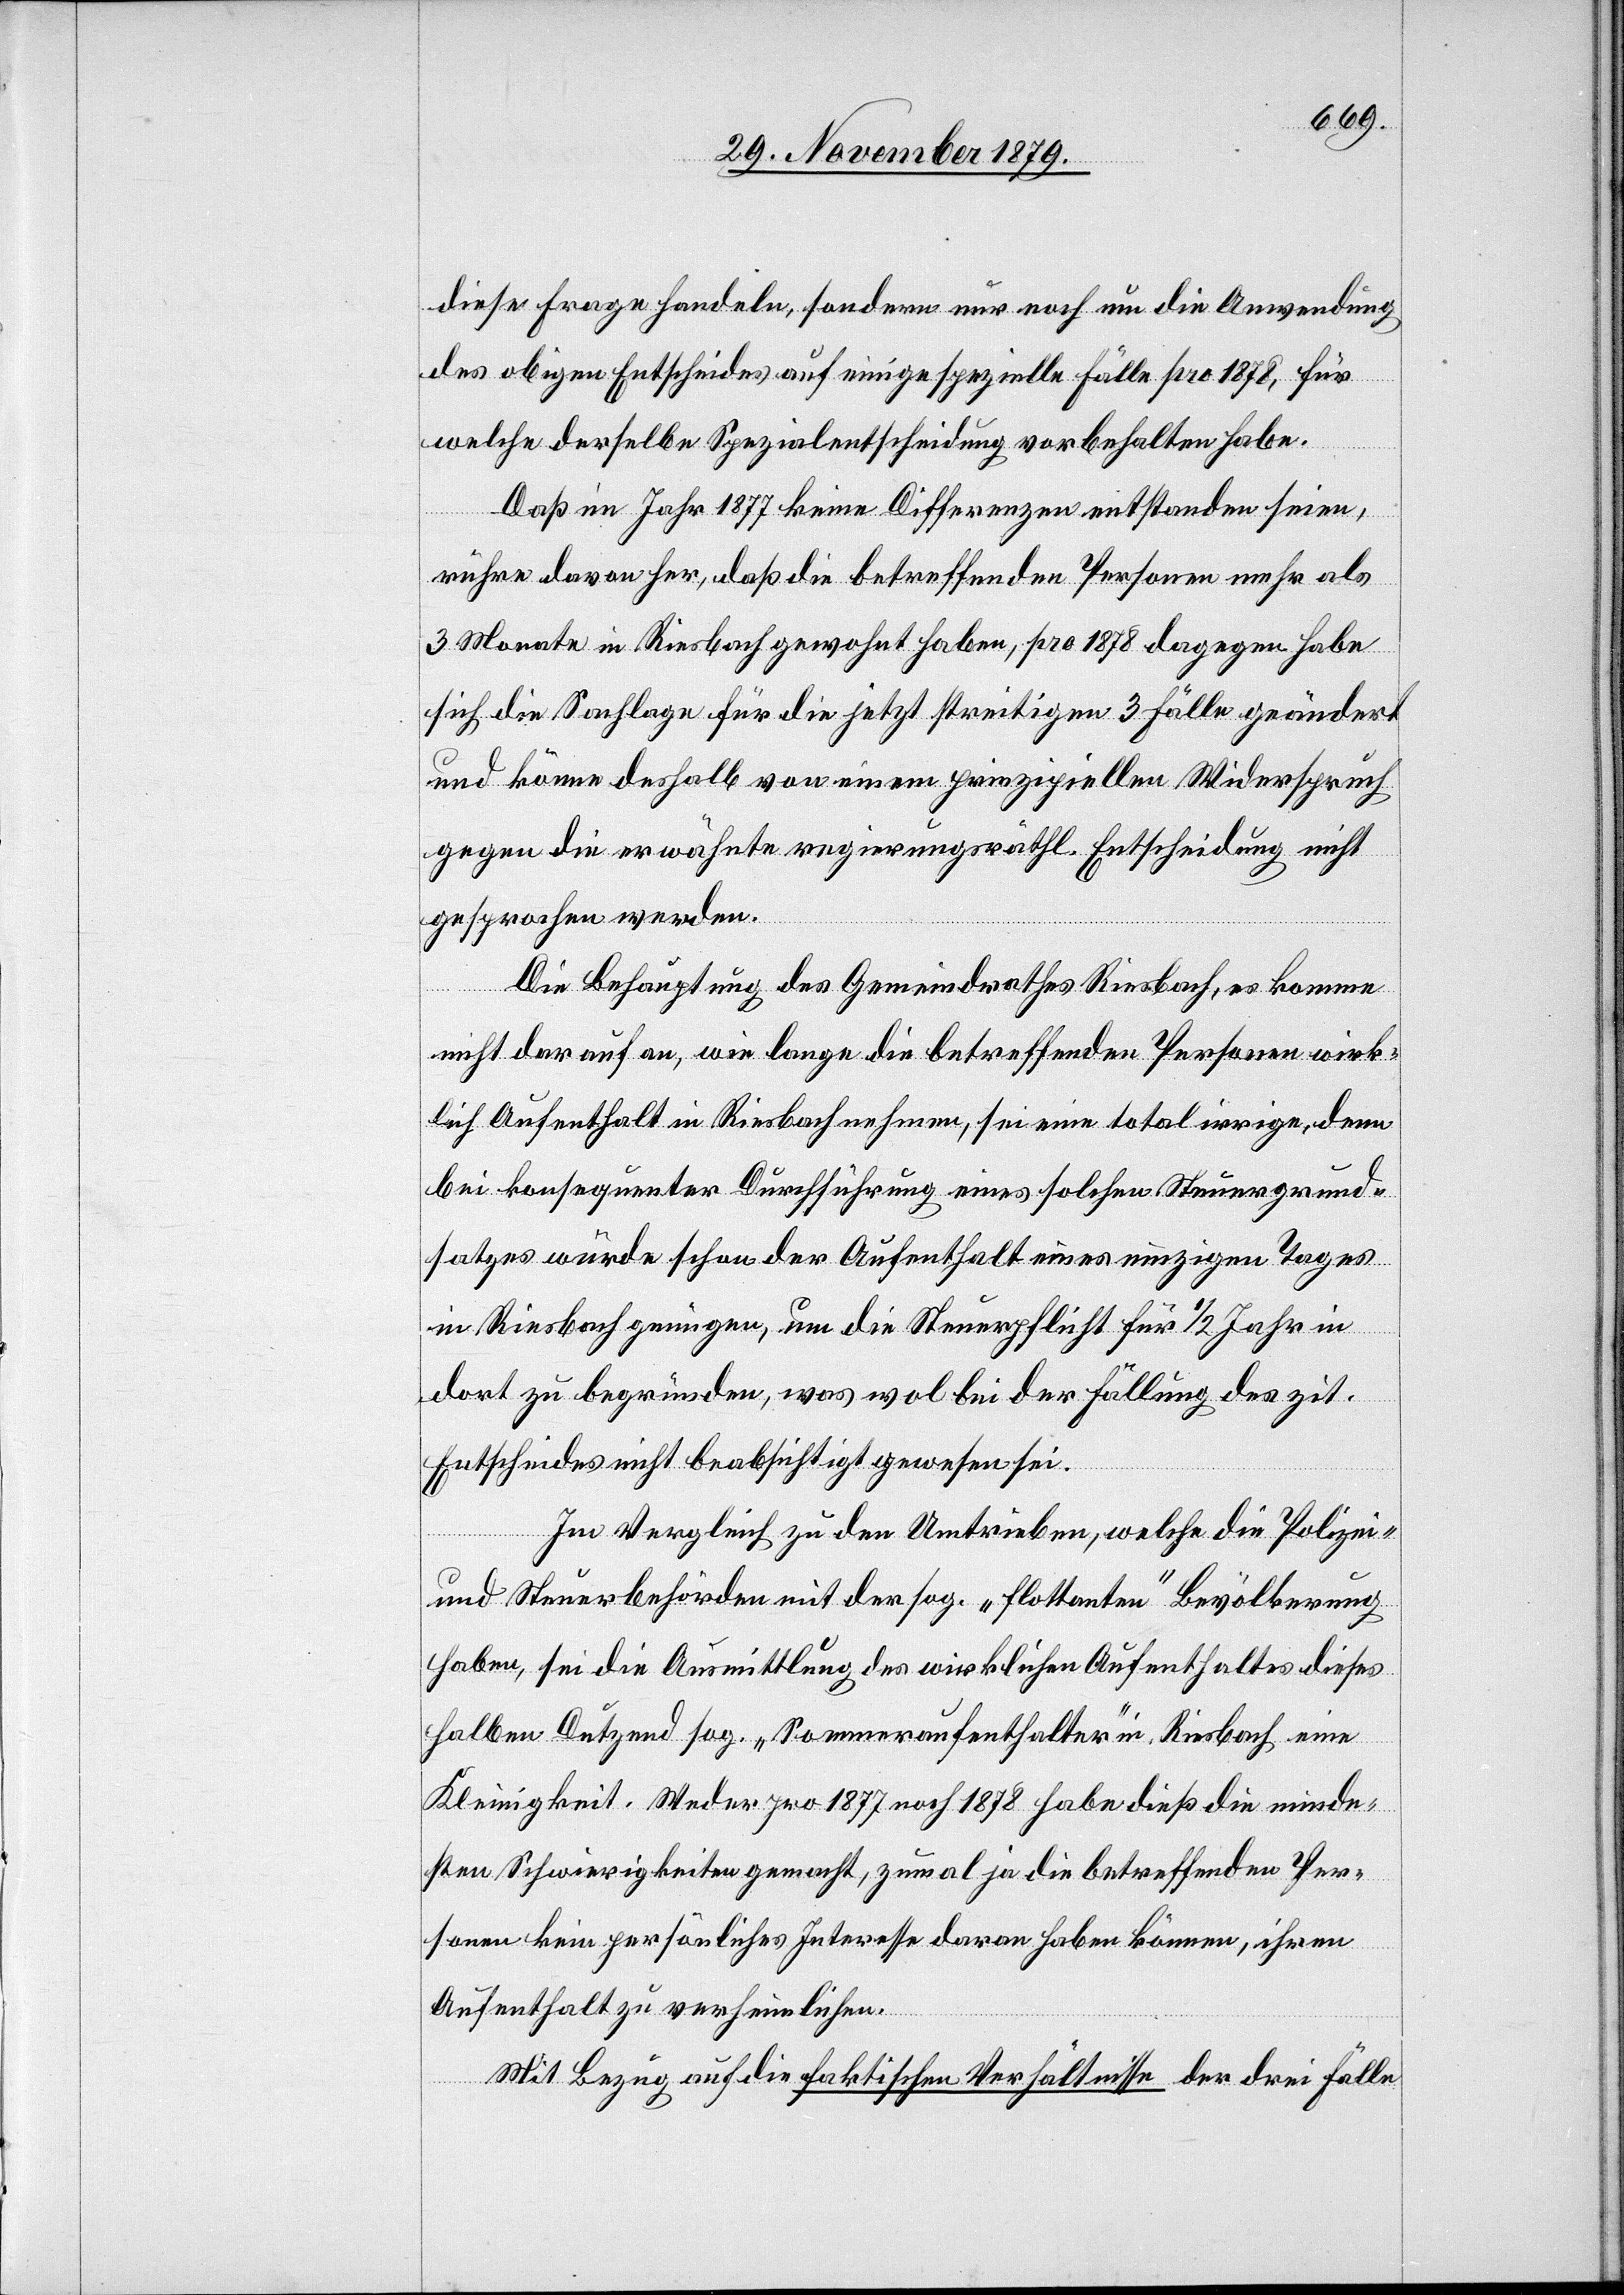
diese Frage handeln, sondern nur noch um die Anwendung
des obigen Entscheides auf einige spezielle Fälle pro 1878, für
welche derselbe Spezialentscheidung vorbehalten habe.
Daß im Jahr 1877 keine Differenzen entstanden seien
rühre davon her, daß die betreffenden Personen mehr als
3 Monate in Riesbach gewohnt haben, pro 1878 dagegen habe
sich die Sachlage für die jetzt streitigen 3 Fälle geändert
und könne deshalb von einem prinzipiellen Widerspruch
gegen die erwähnte regierungsräthl. Entscheidung nicht
gesprochen werden.
Die Behauptung des Gemeindrathes Riesbach, es komme
nicht darauf an, wie lange die betreffenden Personen wirk¬
lich Aufenthalt in Riesbach nehmen, sei eine total irrige, denn
in konsequenter Durchführung eines solchen Steuergrund¬
satzes würde schon der Aufenthalt eines einzigen Tages
in Riesbach genügen, um die Steuerpflicht für 1/2 Jahr in
dort zu begründen, was wol bei der Fällung des zit.
Entscheides nicht beabsichtigt gewesen sei.
Im Vergleich zu den Umtrieben, welche die Polizei-
und Steuerbehörden mit der sog. „flottanten“ Bevölkerung
haben, sei die Ausmittlung des wirklichen Aufenthaltes dieses
halben Dutzend sog. „Sommeraufenthalter“ in Riesbach eine
Kleinigkeit. Weder pro 1877 noch 1878 habe dieß die minde¬
sten Schwierigkeiten gemacht, zumal ja die betreffenden Per¬
sonen kein persönliches Interesse daran haben können, ihren
Aufenthalt zu verheimlichen.
Mit Bezug auf die faktischen Verhältnisse der drei Fälle